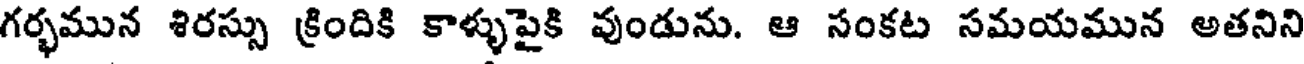
గర్భమున శిరస్సు క్రిందికి కాళ్ళుపైకి వుండును. ఆ సంకట సమయమున అతనిని